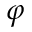
\varphi